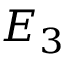
E _ { 3 }